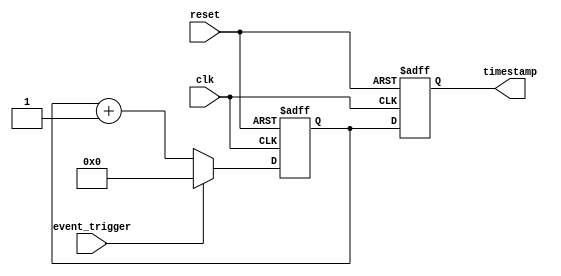
module timestamp_timer (
    input wire clk,           // Main clock signal
    input wire reset,         // Reset signal
    input wire event_trigger, // Signal to trigger the timer
    output reg [31:0] timestamp // 32-bit timestamp value
 );

 reg [31:0] counter; // 32-bit counter to keep track of elapsed time

 always @(posedge clk or posedge reset) begin
    if (reset) begin
        counter <= 32'h0;
    end else if (event_trigger) begin
        counter <= 32'h0;
    end else begin
        counter <= counter + 32'h1;
    end
 end

 always @(posedge clk or posedge reset) begin
    if (reset) begin
        timestamp <= 32'h0;
    end else begin
        timestamp <= counter;
    end
 end

endmodule